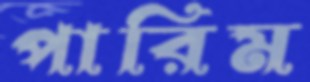
পারিম